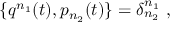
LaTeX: \{ q ^ { n _ { 1 } } ( t ) , p _ { n _ { 2 } } ( t ) \} = \delta _ { n _ { 2 } } ^ { n _ { 1 } } \ ,